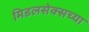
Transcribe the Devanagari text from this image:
मिडलसेक्सच्या